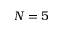
N = 5